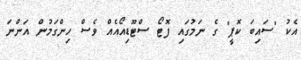
އެކު "ސައިބަ ކޮޕީ" ގެ ނަމުގައި ފޮޓޯ ސްޓޫޑިއޯއެއް ވެސް ހިންގަމުން އަންނަ